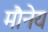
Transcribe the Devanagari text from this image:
मौनेय